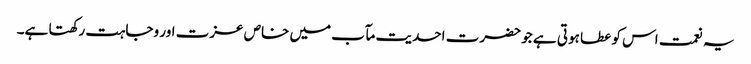
یہ نعمت اس کو عطا ہوتی ہے جو حضرت احدیت مآب میں خاص عزت اور وجاہت رکھتا ہے۔